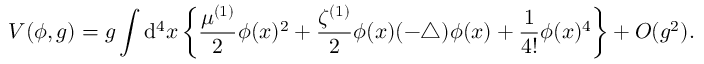
V ( \phi , g ) = g \int { \mathrm d } ^ { 4 } x \left\{ \frac { \mu ^ { ( 1 ) } } { 2 } \phi ( x ) ^ { 2 } + \frac { \zeta ^ { ( 1 ) } } { 2 } \phi ( x ) ( - \bigtriangleup ) \phi ( x ) + \frac { 1 } { 4 ! } \phi ( x ) ^ { 4 } \right\} + O ( g ^ { 2 } ) .